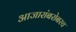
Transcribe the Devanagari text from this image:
आजारांबरोबरच